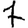
Digit: 7